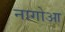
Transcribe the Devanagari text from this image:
नागोआ